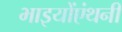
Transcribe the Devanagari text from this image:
भाइयोंएंथनी